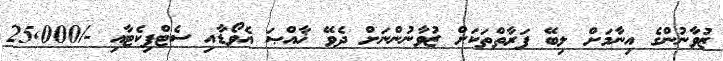
ޒުވާނުންގެ އިނާމަށް ލިބޭ ފަރާތްތަކަށް ޒުވާނުންނަށް ދެވޭ ޚާއްޞަ އެވޯޑާއި ސެޓްފިކެޓާއި -/25